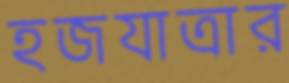
হজযাত্রার